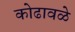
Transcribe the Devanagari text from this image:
कोढावळे